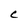
Character: c